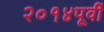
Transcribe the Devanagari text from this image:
२०१४पूर्वी